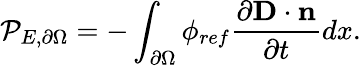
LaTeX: \mathcal{P}_{E,\partial\Omega}=-\int_{\partial\Omega}\phi_{ref}\frac{\partial\mathbf{D}\cdot\mathbf{n}}{\partial t}dx.